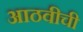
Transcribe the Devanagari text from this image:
आठवीची